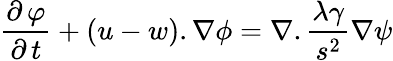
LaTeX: \frac{{\partial\, \varphi}}{{\partial\, t}}+(u-w).\nabla\phi=\nabla.\frac{{\lambda\gamma}}{{{s^{2}}}}\nabla\psi